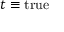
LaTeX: t \equiv \mathrm { t r u e }